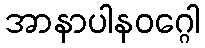
အာနာပါနဝဂ္ဂေါ